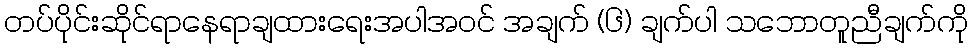
တပ်ပိုင်းဆိုင်ရာနေရာချထားရေးအပါအဝင် အချက် (၆) ချက်ပါ သဘောတူညီချက်ကို